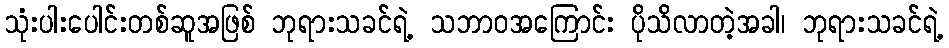
သုံးပါးပေါင်းတစ်ဆူအဖြစ် ဘုရားသခင်ရဲ့ သဘာဝအကြောင်း ပိုသိလာတဲ့အခါ၊ ဘုရားသခင်ရဲ့